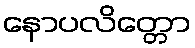
နောပလိတ္တော